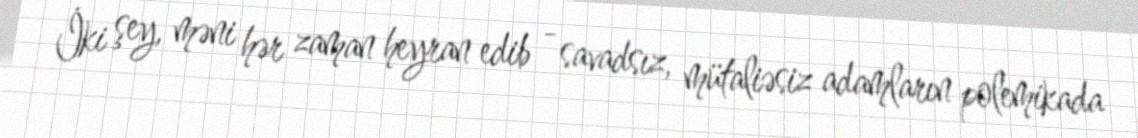
İki şey, məni hər zaman heyran edib - savadsız, mütaliəsiz adamların polemikada